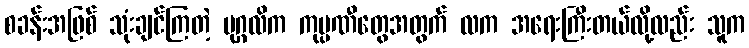
စခန်းအဖြစ် သုံးချင်ကြတဲ့ ပုဂ္ဂလိက ကုမ္ပဏီတွေအတွက် လက အရေးကြီးတယ်လို့လည်း သူက